Civil Veterinary Department Bihar reports 1936-40 - 1936-1940
Year: 1936
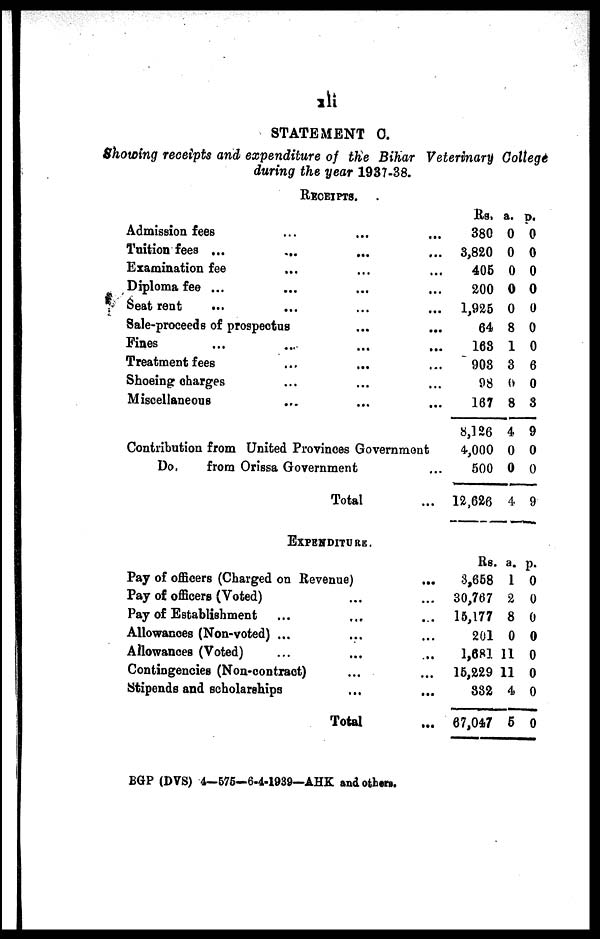
xii
STATEMENT C.
Showing receipts and expenditure of the Bihar Veterinary College
during the year 1937-38.
RECEIPTS.
Admission fees ... ... ...
Tuition fees ...
...
...
...
Examination fee ... ... ...
Diploma fee ... ... ...
Seat rent
...
... ... ...
Sale-proceeds of prospectus ... ...
Fines ... ... ... ...
Treatment fees ... .. ... ...
Shoeing charges ... ... ...
Miscellaneous ... ... ...
Contribution from United Provinces Government
Do.
from Orissa Government ...
Total ...
Rs.
380
3,820
405
200
1,925
64
163
903
98
167
8,126
4,000
500
12,626
a.
0
0
0
0
0
8
1
3
0
8
4
0
0
4
p.
0
0
0
0
0
0
0
6
0
3
9
0
0
9
EXPENDITURE.
Pay of officers (Charged on Revenue)
Pay of officers (Voted) ...
Pay of Establishment ... ...
Allowances (Non-voted) ... ...
Allowances (Voted) ... ...
Contingencies (Non-contract) ...
Stipends and scholarships ...
Total
...
...
...
...
...
...
...
...
Rs.
3,658
30,767
15,177
201
1,681
15,229
332
67,047
a.
1
2
8
0
11
11
4
5
p.
0
0
0
0
0
0
0
0
BGP (DVS) 4—576-6.4-1939—AHK and others.